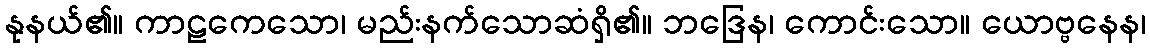
နုနယ်၏။ ကာဠကေသော၊ မည်းနက်သောဆံရှိ၏။ ဘဒြေန၊ ကောင်းသော။ ယောဗ္ဗနေန၊